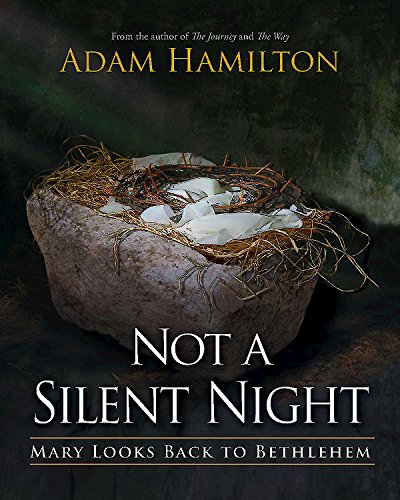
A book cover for Not a Silent Night: Mary Looks Back to Bethlehem (Not a Silent Night Advent series); Adam Hamilton; Christian Books & Bibles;